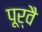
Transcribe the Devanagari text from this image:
पूर्वै